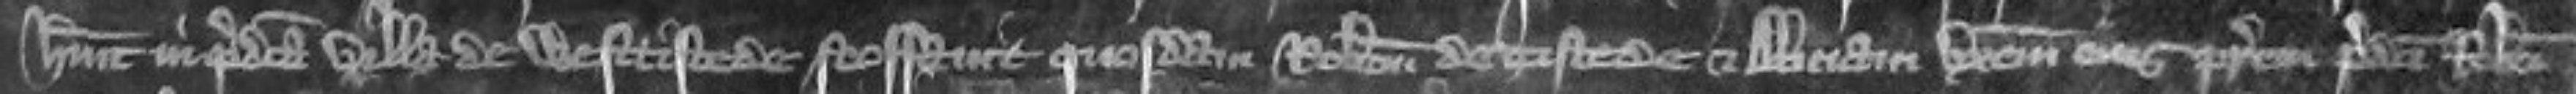
habuit in predicta villa de Westtistede feoffavit quosdam Robertum de Tistede et Aliciam uxorem eius patrem predicti Roberti